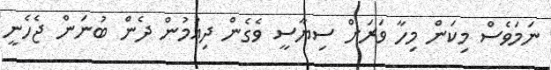
ނަމަވެސް މިކަން މިހާ ވަރަށް ސިޔާސީ ވެގެން ދިއުމުން ދެން ބުނަން ޖެހެނީ